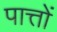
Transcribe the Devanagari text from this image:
पात्तों